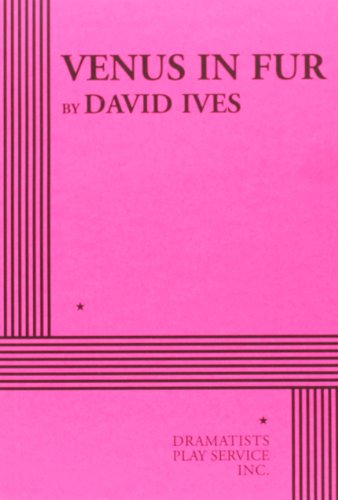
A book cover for Venus in Fur; David Ives; Literature & Fiction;